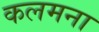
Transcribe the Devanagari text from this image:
कलमना